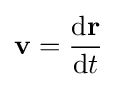
\mathbf {v} ={\frac {\mathrm {d} \mathbf {r} }{\mathrm {d} t}}